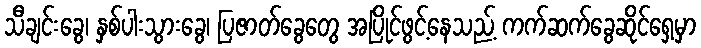
သီချင်းခွေ၊ နှစ်ပါးသွားခွေ၊ ပြဇာတ်ခွေတွေ အပြိုင်ဖွင့်နေသည့် ကက်ဆက်ခွေဆိုင်ရှေ့မှာ